Indian journal of veterinary science and animal husbandry - Volumes 26-27, 1956-1957
Year: 1956
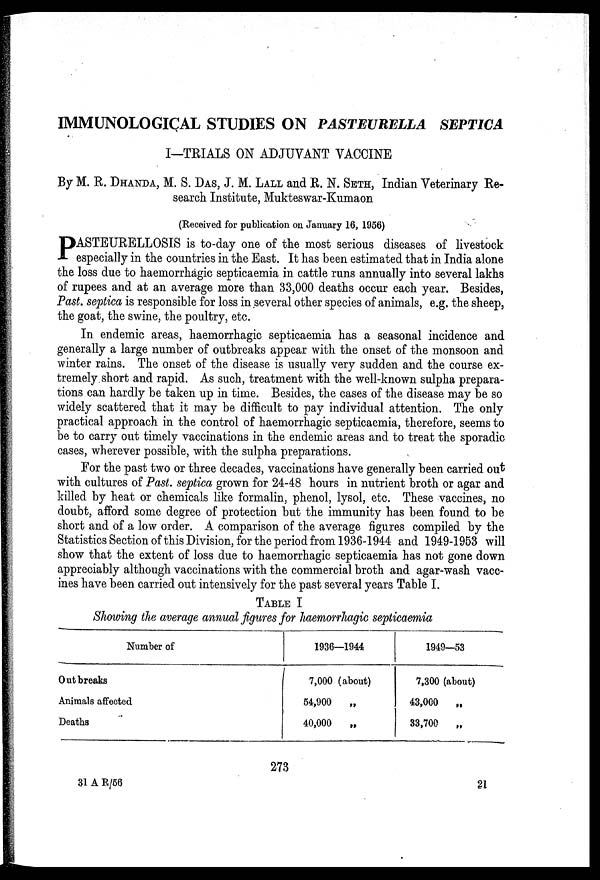
IMMUNOLOGICAL STUDIES ON PASTEURELLA
SEPTICA
I—TRIALS ON ADJUVANT VACCINE
By M. R. DHANDA, M. S. DAS, J. M. LALL and R. N. SETH, Indian Veterinary Re-
search Institute, Mukteswar-Kumaon
(Received for publication on January 16, 1956)
P ASTEURELLOSIS is to-day one of the most serious diseases of livestock
especially in the countries in the East. It has been estimated that in India alone
the loss due to haemorrhagic septicaemia in cattle runs annually into several lakhs
of rupees and at an average more than 33,000 deaths occur each year. Besides,
Past. septica is responsible for loss in several other species of animals, e.g. the sheep,
the goat, the swine, the poultry, etc.
In endemic areas, haemorrhagic septicaemia has a seasonal incidence and
generally a large number of outbreaks appear with the onset of the monsoon and
winter rains. The onset of the disease is usually very sudden and the course ex-
tremely short and rapid. As such, treatment with the well-known sulpha prepara-
tions can hardly be taken up in time. Besides, the cases of the disease may be so
widely scattered that it may be difficult to pay individual attention. The only
practical approach in the control of haemorrhagic septicaemia, therefore, seems to
be to carry out timely vaccinations in the endemic areas and to treat the sporadic
cases, wherever possible, with the sulpha preparations.
For the past two or three decades, vaccinations have generally been carried out
with cultures of Past. septica grown for 24-48 hours in nutrient broth or agar and
killed by heat or chemicals like formalin, phenol, lysol, etc. These vaccines, no
doubt, afford some degree of protection but the immunity has been found to be
short and of a low order. A comparison of the average figures compiled by the
Statistics Section of this Division, for the period from 1936-1944 and 1949-1953 will
show that the extent of loss due to haemorrhagic septicaemia has not gone down
appreciably although vaccinations with the commercial broth and agar-wash vacc-
ines have been carried out intensively for the past several years Table I.
TABLE I
Showing the average annual figures for haemorrhagic septicaemia
Number of
Out breaks
Animals affected
Deaths
1936—1944
7,000 (about)
54,900 „
40,000
„
1949—53
7,300 (about)
43,000
„
33,700
„
273
31 A R/56
21